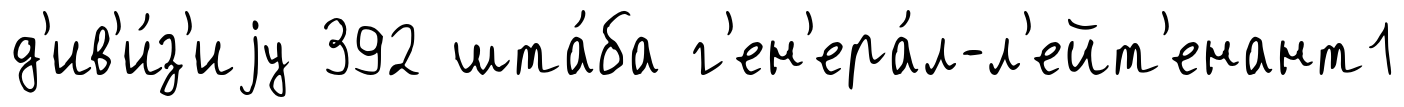
д'ив'и́з'иjу 392 шта́ба г'ен'ера́л-л'ейт'енант1